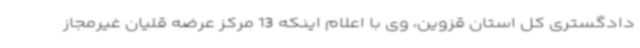
دادگستری کل استان قزوین، وی با اعلام اینکه 13 مرکز عرضه قلیان غیرمجاز